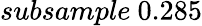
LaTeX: subsample\ 0.285